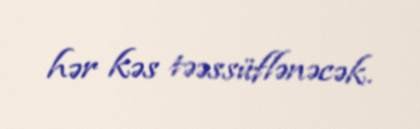
hər kəs təəssüflənəcək.